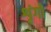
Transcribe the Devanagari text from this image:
शृंगों